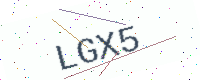
Text: LGX5